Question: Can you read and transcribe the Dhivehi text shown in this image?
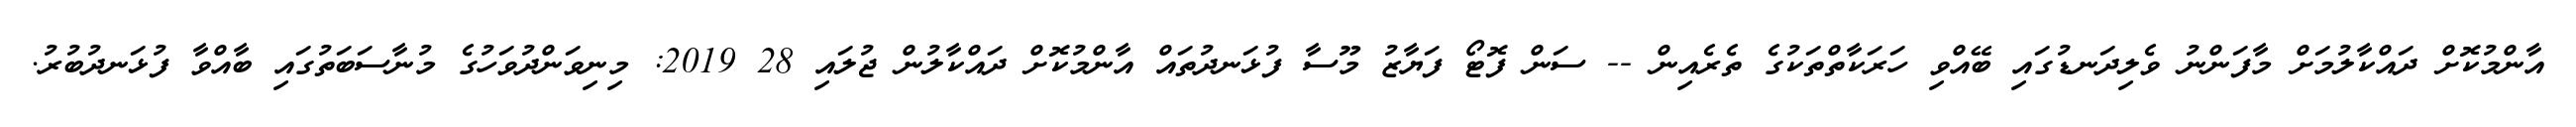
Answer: އާންމުކޮށް ދައްކާލުމަށް މާފަންނު ވެލިދަނޑުގައި ބޭއްވި ހަރަކާތްތަކުގެ ތެރެއިން -- ސަން ފޮޓޯ ފަޔާޒު މޫސާ ފުޅަނދުތައް އާންމުކޮށް ދައްކާލުން ޖުލައި 28 2019: މިނިވަންދުވަހުގެ މުނާސަބަތުގައި ބާއްވާ ފުޅަނދުބުރު.